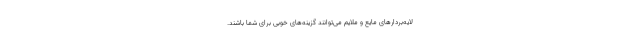
لایه‌بردارهای مایع و ملایم می‌توانند گزینه‌های خوبی برای شما باشند.